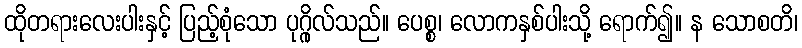
ထိုတရားလေးပါးနှင့် ပြည့်စုံသော ပုဂ္ဂိုလ်သည်။ ပေစ္စ၊ လောကနှစ်ပါးသို့ ရောက်၍။ န သောစတိ၊